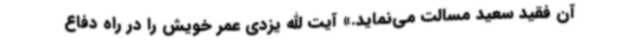
آن فقید سعید مسالت می‌نماید.» آیت الله یزدی عمر خویش را در راه دفاع